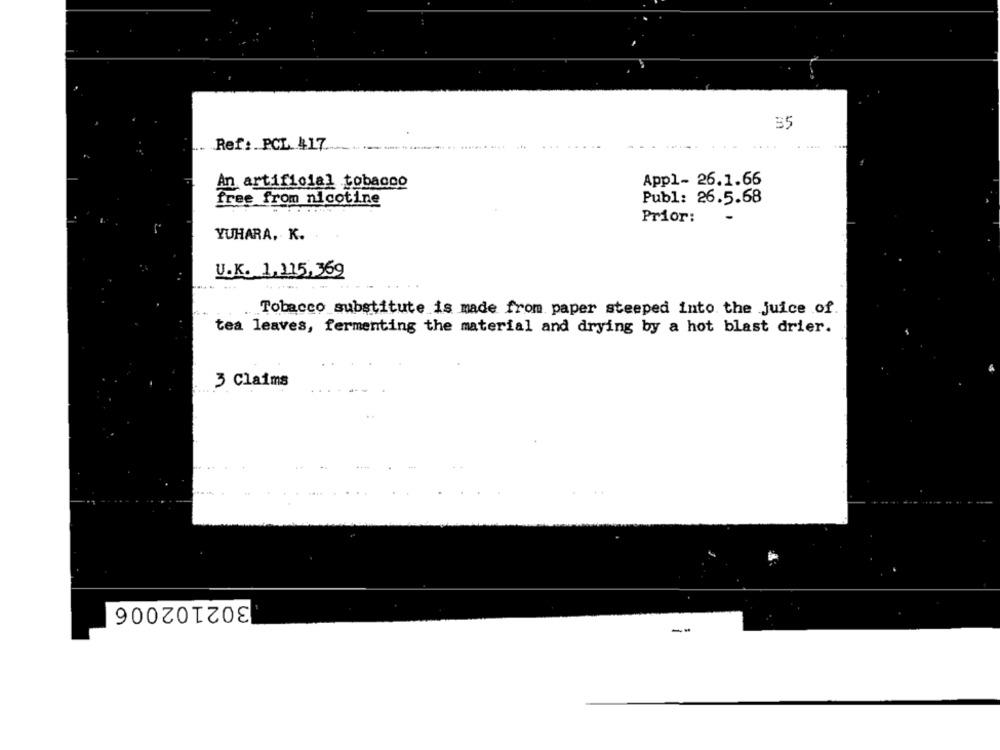
55
Ref: . PCL. 417.
.....
Appl- 26.1.66
An artificial tobacco
free from nicotine
Publ: 26.5.68
Prior:
YUHARA. K.
U.K. 1,115, 369
Tobacco substitute is made from paper steeped into the juice of.
tea leaves, fermenting the material and drying by a hot blast drier.
3 Claims
302102006